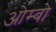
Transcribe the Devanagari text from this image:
ओम्बो